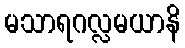
မသာရဂလ္လမယာနိ